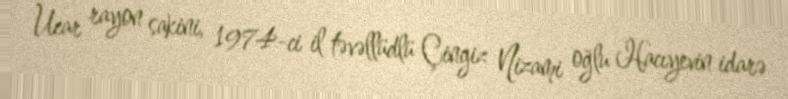
Ucar rayon sakini, 1974-ci il təvəllüdlü Çingiz Nizami oğlu Hacıyevin idarə